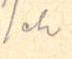
/eh